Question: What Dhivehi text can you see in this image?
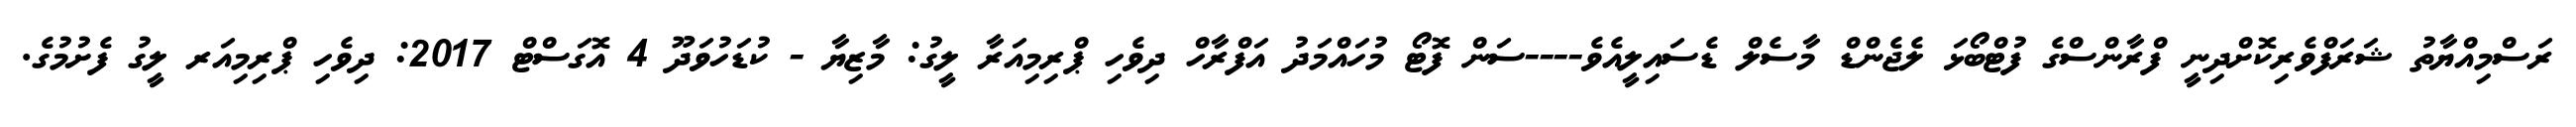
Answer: ރަސްމިއްޔާތު ޝަރަފްވެރިކޮށްދިނީ ފްރާންސްގެ ފުޓްބޯޅަ ލެޖެންޑް މާސެލް ޑެސައިލީއެވެ----ސަން ފޮޓޯ މުހައްމަދު އަފްރާހް ދިވެހި ޕްރިމިއަރާ ލީގު: މާޒިޔާ - ކުޑަހުވަދޫ 4 އޮގަސްޓް 2017: ދިވެހި ޕްރިމިއަރ ލީގު ފެށުމުގެ.